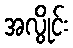
အလွိုင်း